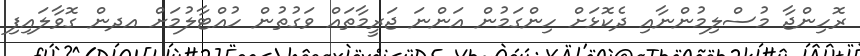
ރޮހިންޖާ މުސްލިމުންނާއި ދެކޮޅަށް ހިންގަމުން އަންނަ ޖަރީމާތައް ވަގުތުން ހުއްޓާލުމަށް އދން ގޮވާލައިފި